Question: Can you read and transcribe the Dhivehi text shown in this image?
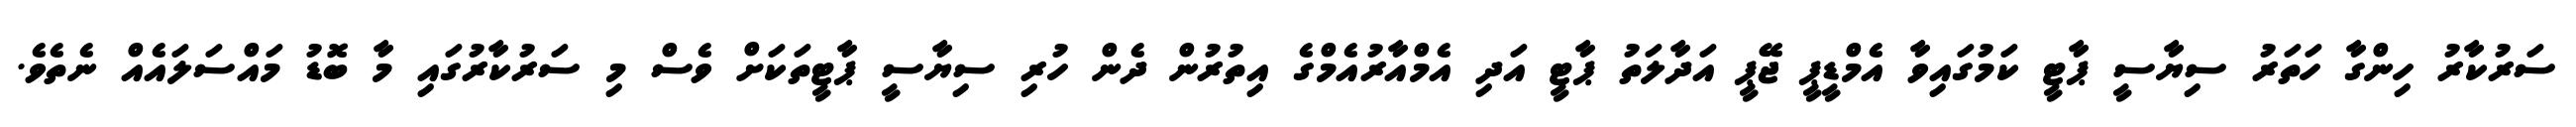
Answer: ސަރުކާރު ހިންގާ ހަތަރު ސިޔާސީ ޕާޓީ ކަމުގައިވާ އެމްޑީޕީ ޖޭޕީ އަދާލަތު ޕާޓީ އަދި އެމްއާރުއެމްގެ އިތުރުން ދެން ހުރި ސިޔާސީ ޕާޓީތަކަށް ވެސް މި ސަރުކާރުގައި މާ ބޮޑު މައްސަލައެއް ނެތެވެ.